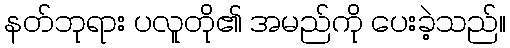
နတ်ဘုရား ပလူတို၏ အမည်ကို ပေးခဲ့သည်။